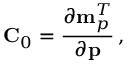
{ \bf C } _ { 0 } = \frac { \partial { \bf m } _ { p } ^ { T } } { \partial { \bf p } } \, ,